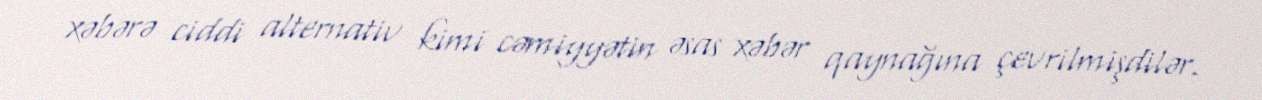
xəbərə ciddi alternativ kimi cəmiyyətin əsas xəbər qaynağına çevrilmişdilər.